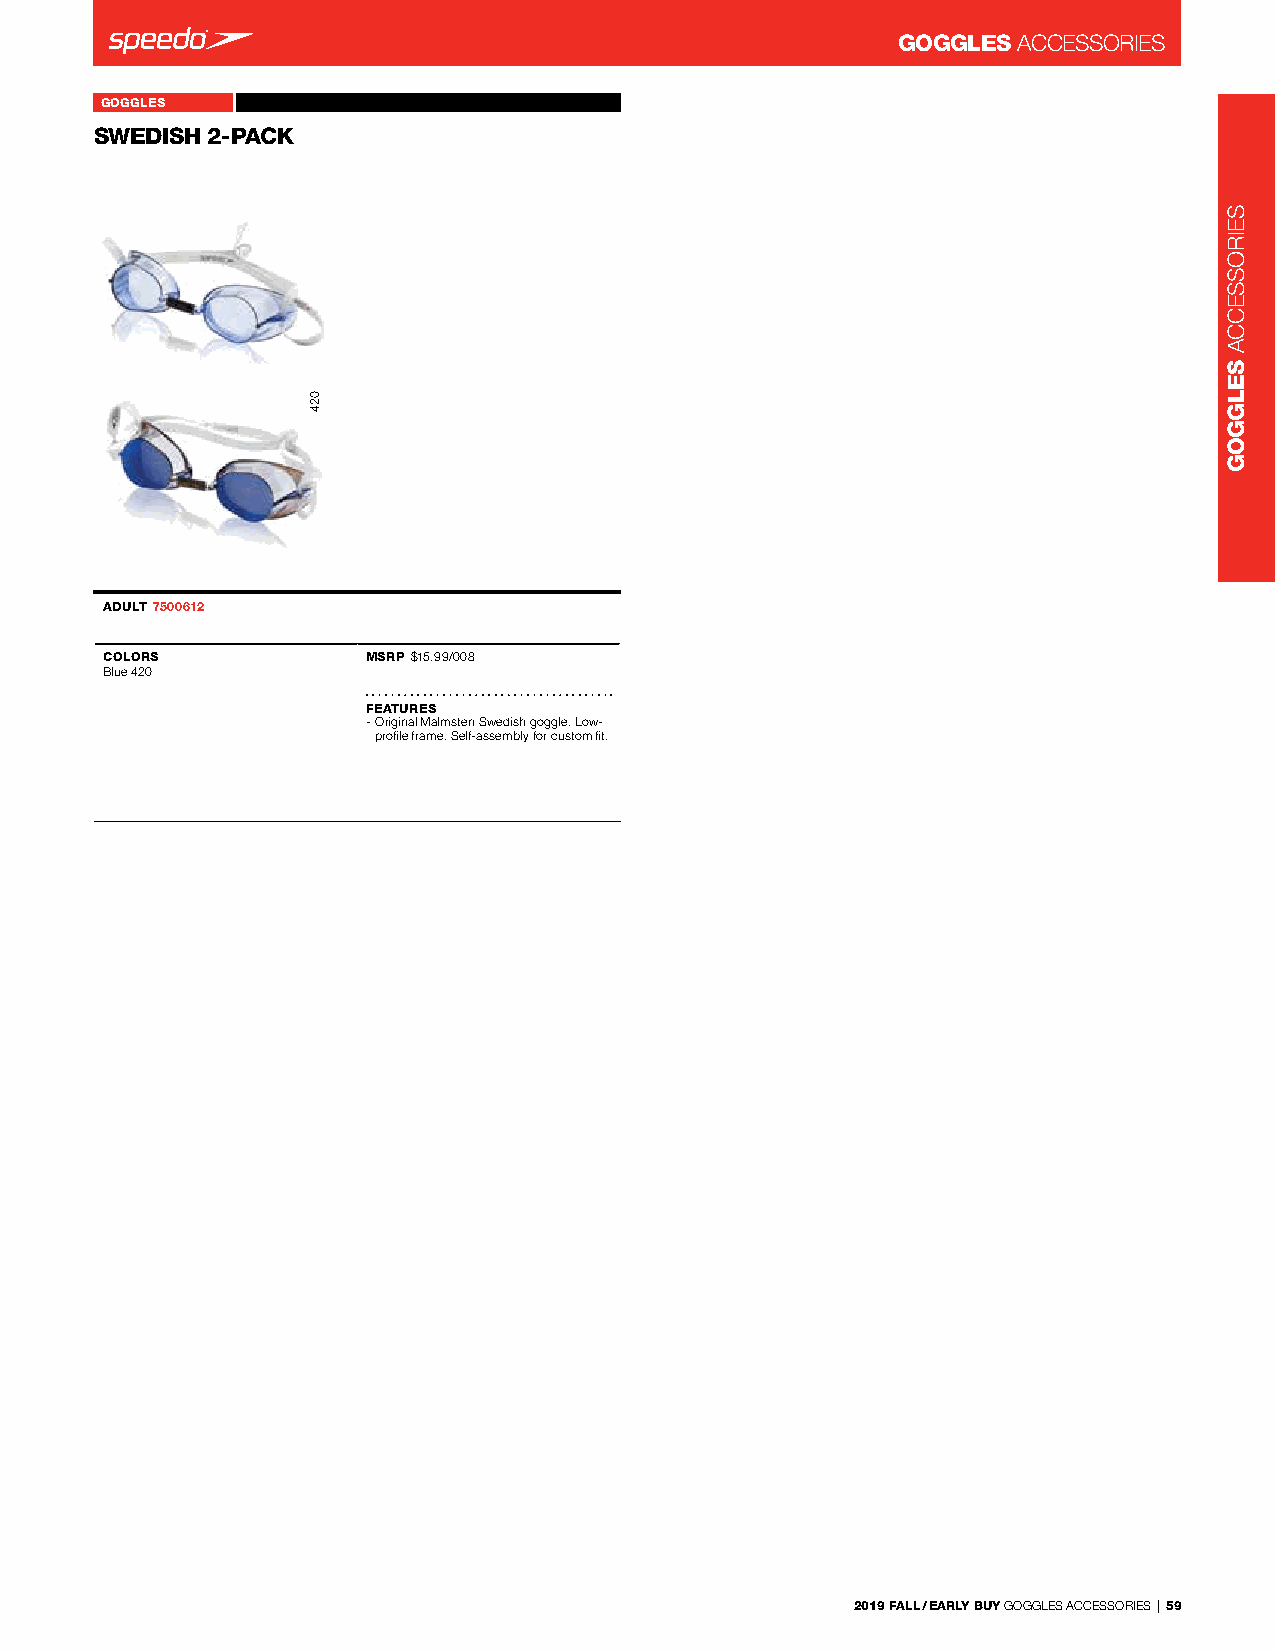
GOGGLES ACCessorIes
 GOGGLES            SWEDISH 2-PACK 7500612
 SWEDISH 2-PACKAngles Free Back 7719731
 Angles Free Back_7719731
 ADULT 7500612
 COLORS           MSRP $15.99/008
 Blue 420
 FEATURES
 - original Malmsten swedish goggle. low-
 profile frame. self-assembly for custom fit.
 2019 FALL / EARLY BUY GoGGles ACCessorIes | 59
 024
 seIrosseCCA
 SELGGOG